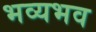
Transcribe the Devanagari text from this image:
भव्यभव